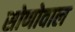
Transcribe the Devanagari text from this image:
सोणोवाल